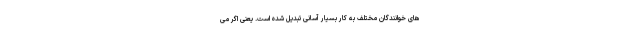
های خوانندگان مختلف به کار بسیار آسانی تبدیل شده است. یعنی اگر می